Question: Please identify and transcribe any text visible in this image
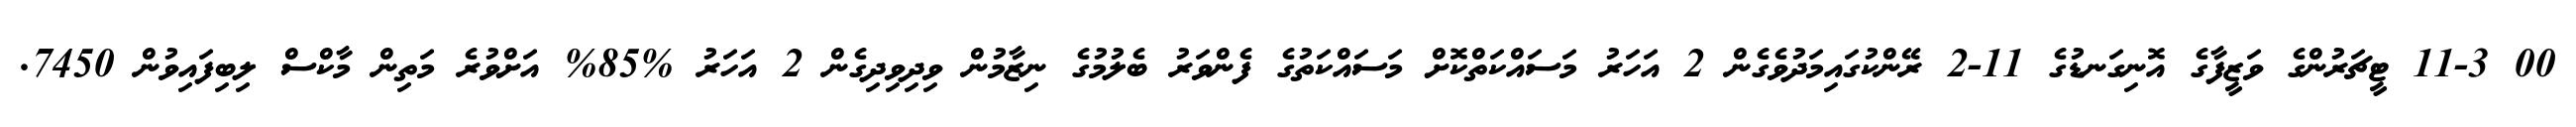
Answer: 00 11-3 ޓީޗަރުންގެ ވަޒީފާގެ އޮނިގަނޑުގެ 11-2 ރޭންކުގައިމަދުވެގެން 2 އަހަރު މަސައްކަތްކޮށް މަސައްކަތުގެ ފެންވަރު ބެލުމުގެ ނިޒާމުން ވިދިވިދިގެން 2 އަހަރު %85% އަށްވުރެ މަތިން މާކްސް ލިބިފައިވުން 7450.